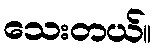
သေးတယ်။